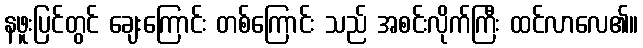
နဖူးပြင်တွင် ချေးကြောင်း တစ်ကြောင်း သည် အစင်းလိုက်ကြီး ထင်လာလေ၏။